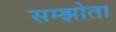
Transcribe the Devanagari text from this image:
सम्झोता